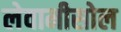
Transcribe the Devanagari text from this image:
लेवामीसोल